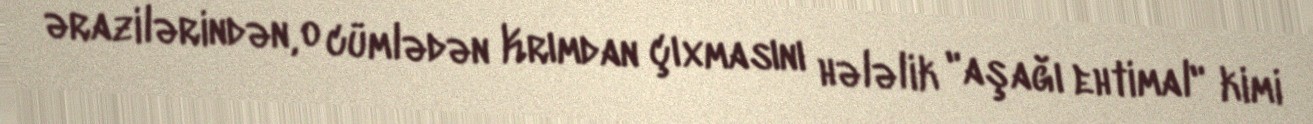
ərazilərindən, o cümlədən Krımdan çıxmasını hələlik "aşağı ehtimal" kimi